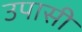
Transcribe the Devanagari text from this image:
उपासी